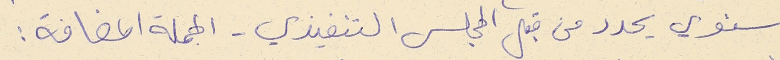
سنوي يحدد من قبل المجلس التنفيذي - الجملة المضافة :